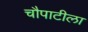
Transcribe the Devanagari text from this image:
चौपाटीला